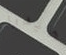
هيدرا